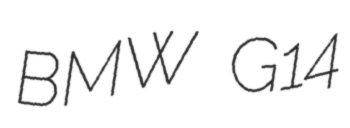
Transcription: BMW G14